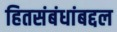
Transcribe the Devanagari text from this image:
हितसंबंधांबद्दल